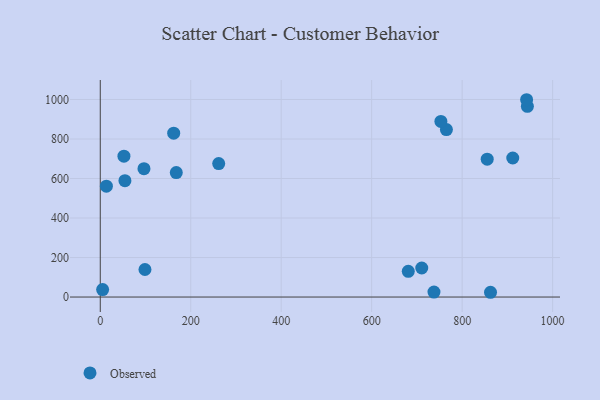
{"axis": {"x": "Study Hours", "y": "Sales"}, "legend": ["Observed"], "data": [{"x": "54.5", "y": 589.1, "type": "Observed"}, {"x": "98.8", "y": 139.3, "type": "Observed"}, {"x": "737.7", "y": 24.9, "type": "Observed"}, {"x": "944.2", "y": 965.6, "type": "Observed"}, {"x": "261.8", "y": 675.7, "type": "Observed"}, {"x": "855.4", "y": 698.1, "type": "Observed"}, {"x": "5.2", "y": 37.6, "type": "Observed"}, {"x": "680.9", "y": 130.2, "type": "Observed"}, {"x": "52.3", "y": 713.1, "type": "Observed"}, {"x": "710.7", "y": 147.0, "type": "Observed"}, {"x": "96.6", "y": 649.8, "type": "Observed"}, {"x": "13.5", "y": 561.0, "type": "Observed"}, {"x": "162.3", "y": 829.3, "type": "Observed"}, {"x": "168.0", "y": 629.9, "type": "Observed"}, {"x": "942.5", "y": 998.8, "type": "Observed"}, {"x": "765.2", "y": 847.9, "type": "Observed"}, {"x": "911.9", "y": 703.7, "type": "Observed"}, {"x": "862.7", "y": 24.1, "type": "Observed"}, {"x": "753.0", "y": 889.0, "type": "Observed"}]}